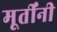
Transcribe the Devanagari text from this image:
मूर्तींनी